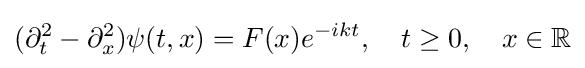
(\partial _{t}^{2}-\partial _{x}^{2})\psi (t,x)=F(x)e^{-ikt},\quad t\geq 0,\quad x\in \mathbb {R}